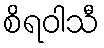
စိရဝါသီ